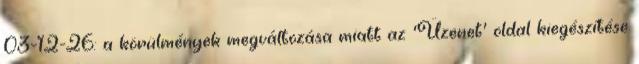
03-12-26: a körülmények megváltozása miatt az 'Üzenet' oldal kiegészítése